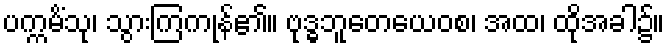
ပက္ကမိံသု၊ သွားကြကုန်၏။ ဗုဒ္ဓဘူတေယေဝစ၊ အထ၊ ထိုအခါ၌။